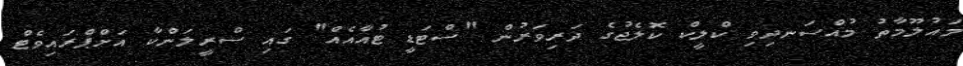
މައުލޫމާތު މުއްސަނދިވި ކްލީކް ކޮލެޖުގެ ދަރިވަރުން "ސްޓަޑީ ޓުއާއެއް" ގައި ސްރީލަންކާ އަށްޕްރައިވެޓް